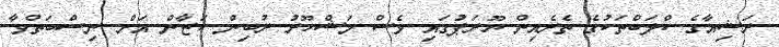
ރަޝިއާގެ ކްލަބްތަކުގެ ތެރެއިން ޔޫރަޕުގައި ވެސް މަޝްހޫރު ރުބިން ކަޒާން އަށް ނިސްބަތްވާ